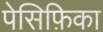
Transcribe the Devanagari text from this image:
पेसिफ़िका